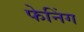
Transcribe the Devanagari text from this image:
फेनिंग